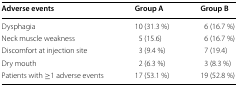
| Adverse events | Group A | Group B |
 | --- | --- | --- |
 | Dysphagia | 10 (31.3 %) | 6 (16.7 %) |
 | Neck muscle weakness | 5 (15.6) | 6 (16.7 %) |
 | Discomfort at injection site | 3 (9.4 %) | 7 (19.4) |
 | Dry mouth | 2 (6.3 %) | 3 (8.3 %) |
 | Patients with ≥1 adverse events | 17 (53.1 %) | 19 (52.8 %) |